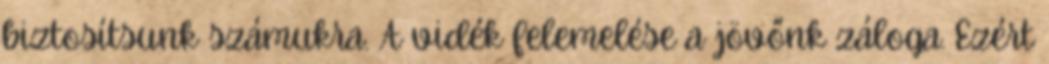
biztosítsunk számukra. A vidék felemelése a jövőnk záloga. Ezért